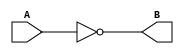
`timescale 1ns / 1ps
//////////////////////////////////////////////////////////////////////////////////
// Company: 
// Engineer: 
// 
// Design Name: 
// Module Name:    inverter 
// Project Name: 
// Target Devices: 
// Tool versions: 
// Description: 
//
// Dependencies: 
//
// Revision: 
// Revision 0.01 - File Created
// Additional Comments: 
//
//////////////////////////////////////////////////////////////////////////////////
module inverter(input wire A, output wire B);
	 assign B = !A;

endmodule